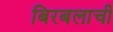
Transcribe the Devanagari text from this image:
बिरबलाची